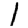
Digit: 1